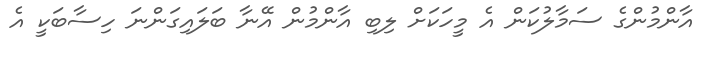
އާންމުންގެ ސަމާލުކަން އެ މީހަކަށް ލިބި އާންމުން އޭނާ ބަލައިގަންނަ ހިސާބަކީ އެ